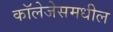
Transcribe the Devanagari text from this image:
कॉलेजेसमधील